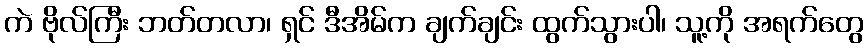
ကဲ ဗိုလ်ကြီး ဘတ်တလာ၊ ရှင် ဒီအိမ်က ချက်ချင်း ထွက်သွားပါ၊ သူ့ကို အရက်တွေ